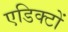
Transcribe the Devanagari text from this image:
एडिक्टों